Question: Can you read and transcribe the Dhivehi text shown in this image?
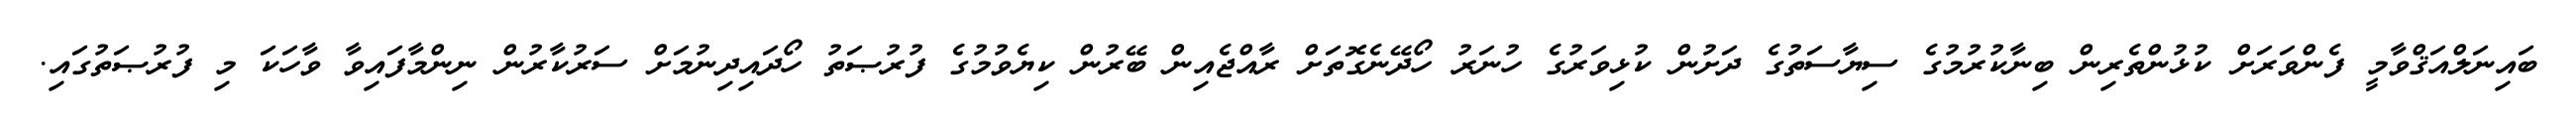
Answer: ބައިނަލްއަޤްވާމީ ފެންވަރަށް ކުޅުންތެރިން ބިނާކުރުމުގެ ސިޔާސަތުގެ ދަށުން ކުޅިވަރުގެ ހުނަރު ހޯދޭނެގޮތަށް ރާއްޖެއިން ބޭރުން ކިޔެވުމުގެ ފުރުޞަތު ހޯދައިދިނުމަށް ސަރުކާރުން ނިންމާފައިވާ ވާހަކަ މި ފުރުޞަތުގައި.